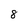
Character: 8